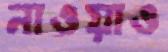
নাওয়াও